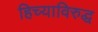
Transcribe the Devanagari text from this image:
हिच्याविरुद्ध